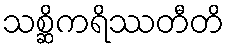
သစ္ဆိကရိဿတီတိ